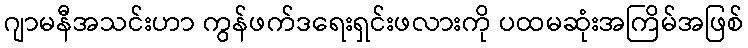
ဂျာမနီအသင်းဟာ ကွန်ဖက်ဒရေးရှင်းဖလားကို ပထမဆုံးအကြိမ်အဖြစ်